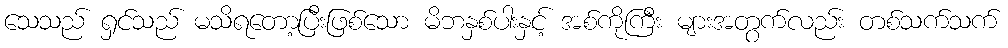
သေသည် ရှင်သည် မသိရတော့ပြီးဖြစ်သော မိဘနှစ်ပါးနှင့် အစ်ကိုကြီး များအတွက်လည်း တစ်သက်သက်